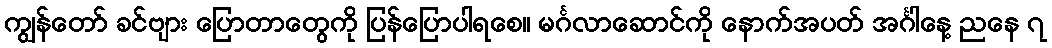
ကျွန်တော် ခင်ဗျား ပြောတာတွေကို ပြန်ပြောပါရစေ။ မင်္ဂလာဆောင်ကို နောက်အပတ် အင်္ဂါနေ့ ညနေ ၇